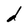
Character: d